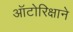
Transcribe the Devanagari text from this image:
ऑटोरिक्षाने